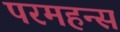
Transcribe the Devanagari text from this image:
परमहन्स